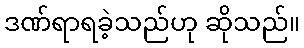
ဒဏ်ရာရခဲ့သည်ဟု ဆိုသည်။